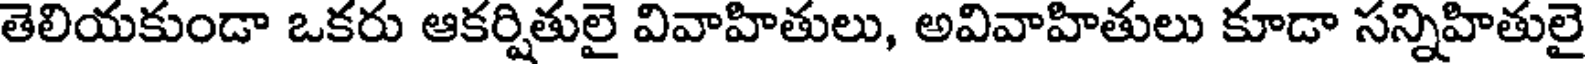
తెలియకుండా ఒకరు ఆకర్షితులై వివాహితులు, అవివాహితులు కూడా సన్నిహితులై